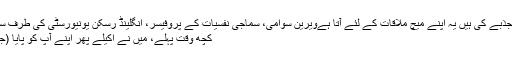
کوئی قواعد جذبے کی ہیں یہ اپنے میچ ملاقات کے لئے آتا ہےویرین سوامی، سماجی نفسیات کے پروفیسر، انگلینڈ رسکن یونیورسٹی کی طرف سے تحریری
کچھ وقت پہلے، میں نے اکیلے پھر اپنے آپ کو پایا (جھٹکا، ہارر!